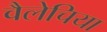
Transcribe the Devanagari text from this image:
वैलेचिया